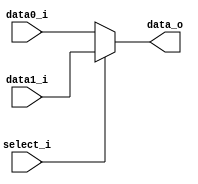
//0516305 Bing Xun Song
//Subject:     CO project 2 - MUX 221
//--------------------------------------------------------------------------------
//Version:     1
//--------------------------------------------------------------------------------
//Writer:      Luke
//----------------------------------------------
//Date:        
//----------------------------------------------
//Description: 
//--------------------------------------------------------------------------------
     
module MUX_2to1(
               data0_i,
               data1_i,
               select_i,
               data_o
               );

parameter size = 0;			   
			
//I/O ports               
input   [size-1:0] data0_i;          
input   [size-1:0] data1_i;
input              select_i;
output  [size-1:0] data_o; 

//Internal Signals
reg     [size-1:0] data_o;

//Main function
always@(*) begin
	if(!select_i) data_o = data0_i;
	else data_o = data1_i;
end

endmodule